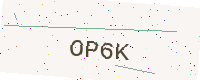
Text: OP6K